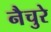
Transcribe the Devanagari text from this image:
नैचुरे